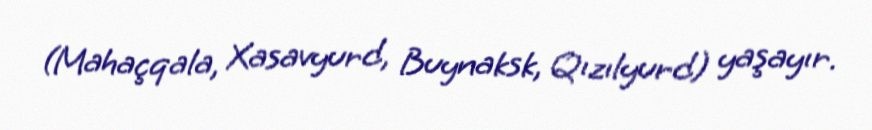
(Mahaçqala, Xasavyurd, Buynaksk, Qızılyurd) yaşayır.